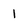
Character: I